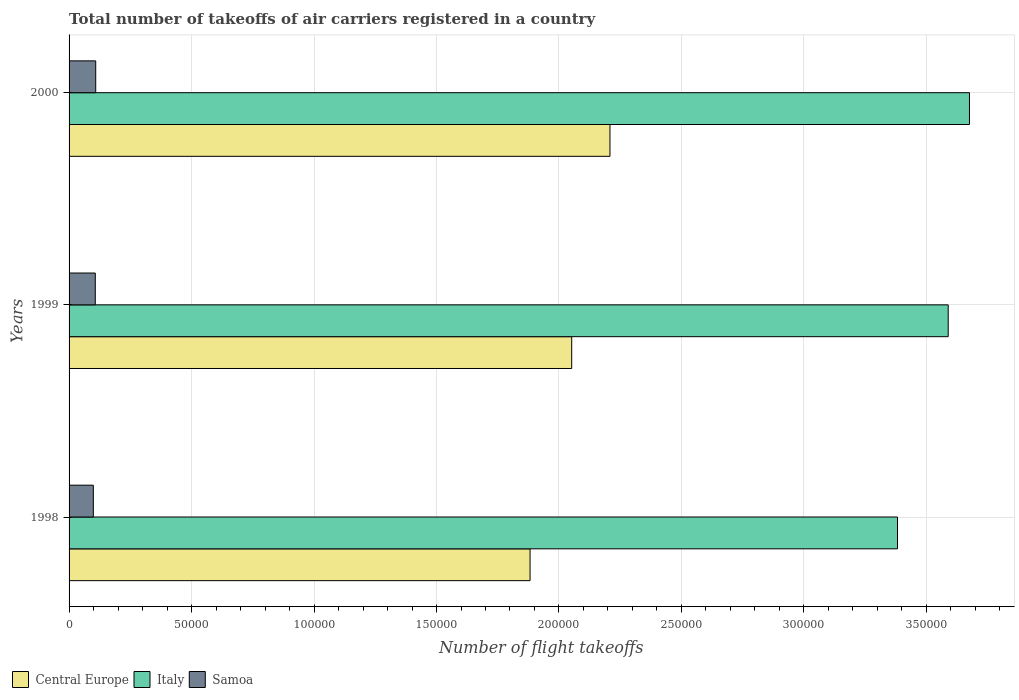
| Years | Central Europe | Italy | Samoa |
 | --- | --- | --- | --- |
 | 1998 | 1.88e+05 | 3.38e+05 | 9.9e+03 |
 | 1999 | 2.05e+05 | 3.59e+05 | 1.07e+04 |
 | 2000 | 2.21e+05 | 3.68e+05 | 1.09e+04 |